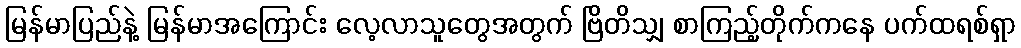
မြန်မာပြည်နဲ့ မြန်မာအကြောင်း လေ့လာသူတွေအတွက် ဗြိတိသျှ စာကြည့်တိုက်ကနေ ပက်ထရစ်ရှာ